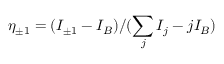
\eta _ { \pm 1 } = ( I _ { \pm 1 } - I _ { B } ) / ( \sum _ { j } I _ { j } - j I _ { B } )